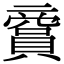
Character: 𧷞